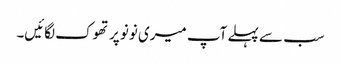
سب سے پہلے آپ میری نونو پر تھوک لگائیں۔